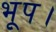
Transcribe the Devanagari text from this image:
भूप।